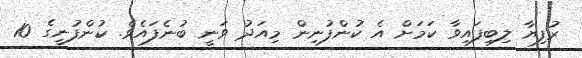
ރުފިޔާ ލިބިފައިވާ ކަމަށް އެ ކުންފުނިން މިއަދު ވަނީ ބުނެފައެވެ. ކުންފުނީގެ 10